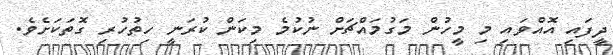
ދީފައި އޮއްވައި މި މީހުން މަގުމައްޗަށް ނުކުމެ މިކަން ކުރަނީ ހިތުހުރި ގޮތަކަށެވެ.